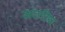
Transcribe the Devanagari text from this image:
अठरीय